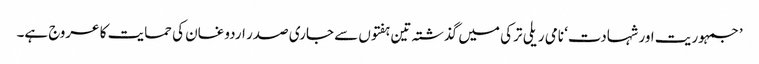
’جمہوریت اور شہادت‘ نامی ریلی ترکی میں گذشتہ تین ہفتوں سے جاری صدر اردوغان کی حمایت کا عروج ہے۔